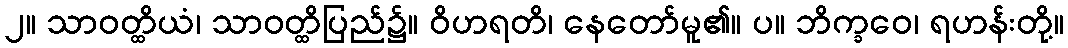
၂။ သာဝတ္ထိယံ၊ သာဝတ္ထိပြည်၌။ ဝိဟရတိ၊ နေတော်မူ၏။ ပ။ ဘိက္ခဝေ၊ ရဟန်းတို့။